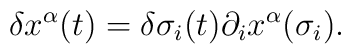
\delta x^{\alpha}(t)=\delta \sigma_i(t)\partial_ix^{\alpha}(\sigma_i).